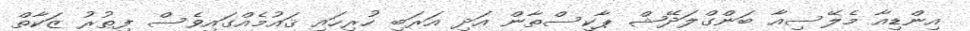
އިންޑިއާ މެލޭސިއާ ބަންގްލަދޭޝް ޕާކިސްތާން އަދި އަރަބި ހުރިހައި ޤައުމެއްގައިވެސް ފިޠުރު ޒަކާތް